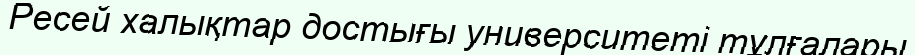
Ресей халықтар достығы университеті тұлғалары